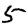
Digit: 5